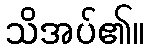
သိအပ်၏။